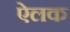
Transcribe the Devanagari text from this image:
ऐलक